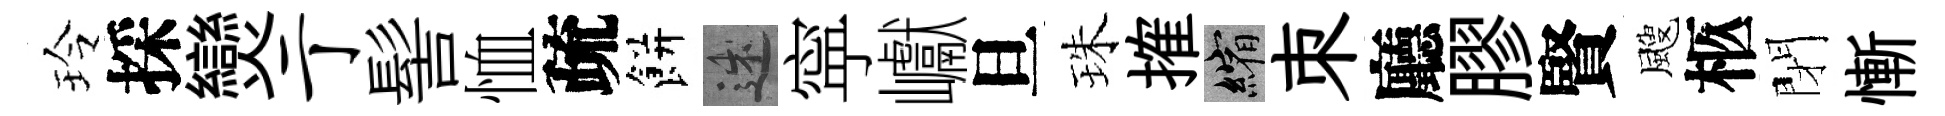
玲採𤓖亍髻恤疏餅述寜巘旦珠搉縮朿廳膠賢颼柩閉慚